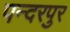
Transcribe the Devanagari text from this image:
पन्दरपुर